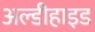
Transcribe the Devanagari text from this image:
अल्डीहाइड